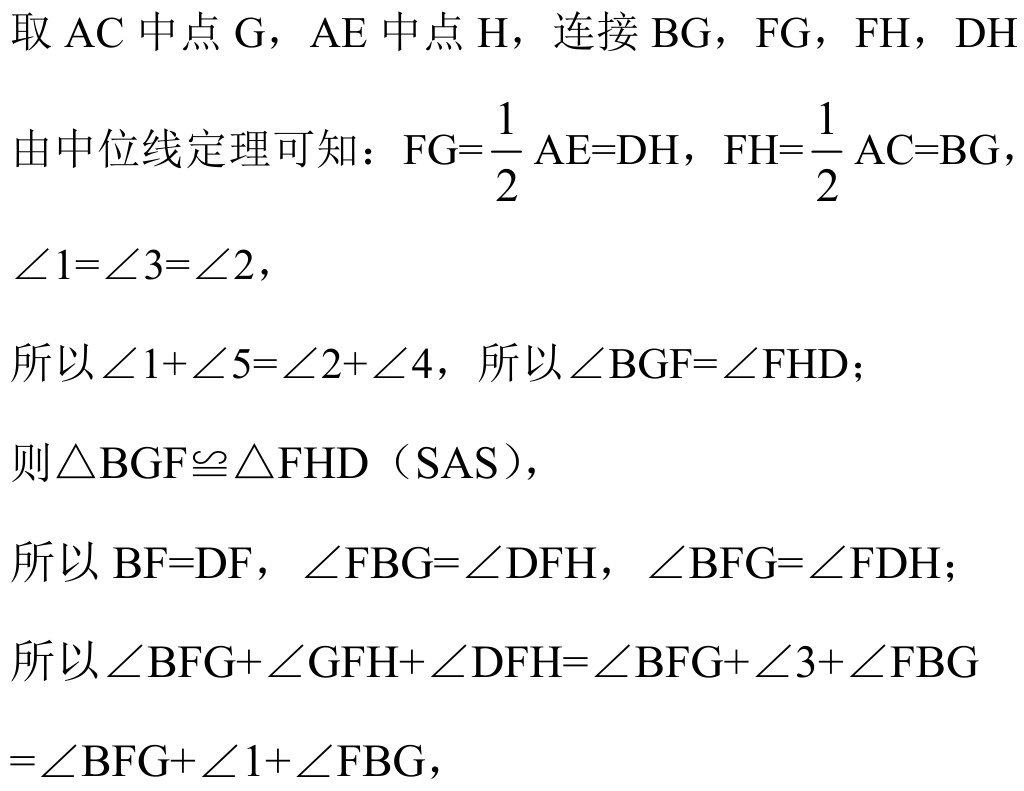
取 \(AC\) 中点 \(G\)，\(AE\) 中点 \(H\)，连接 \(BG\)，\(FG\)，\(FH\)，\(DH\)
由中位线定理可知：\(FG = \frac{1}{2}AE = DH\)，\(FH = \frac{1}{2}AC = BG\)，
\(\angle1=\angle3=\angle2\)，
所以 \(\angle1+\angle5=\angle2+\angle4\)，所以 \(\angle BGF=\angle FHD\)；
则 \(\triangle BGF\cong\triangle FHD\)（SAS），
所以 \(BF = DF\)，\(\angle FBG=\angle DFH\)，\(\angle BFG=\angle FDH\)；
所以 \(\angle BFG+\angle GFH+\angle DFH=\angle BFG+\angle3+\angle FBG\)
\(=\angle BFG+\angle1+\angle FBG\)，